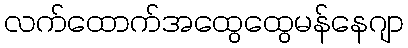
လက်ထောက်အထွေထွေမန်နေဂျာ